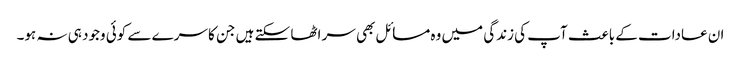
ان عادات کے باعث آپ کی زندگی میں وہ مسائل بھی سر اٹھا سکتے ہیں جن کا سرے سے کوئی وجود ہی نہ ہو۔